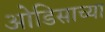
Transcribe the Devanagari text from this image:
ओडिसाच्या